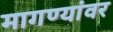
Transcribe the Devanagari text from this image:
मागण्यांवर